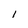
Character: I